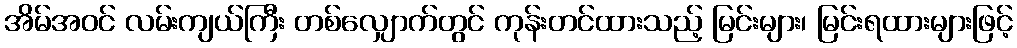
အိမ်အဝင် လမ်းကျယ်ကြီး တစ်လျှောက်တွင် ကုန်းတင်ထားသည့် မြင်းများ၊ မြင်းရထားများဖြင့်